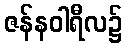
ဇန်နဝါရီလ၌